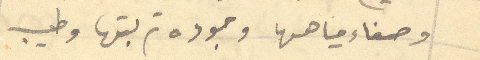
وصفاء مياهها وجوده تربتها وطيب